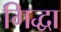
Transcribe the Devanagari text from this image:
गिद्धा